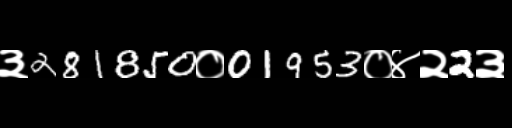
Text: ३281850०01953०४२2३